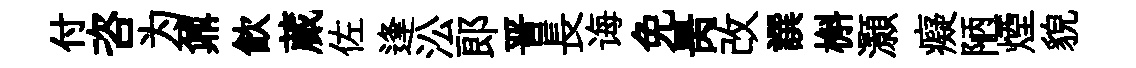
付咨为鼐飲蕆佐逢㳂郎晋長诲免昺改譔槲灝癡陋煙貌